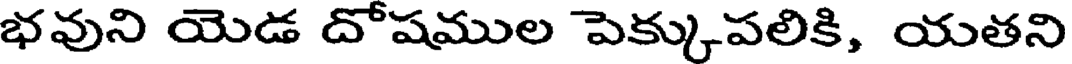
భవుని యెడ దోషముల పెక్కుపలికి, యతని